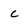
Character: c